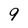
Character: 9